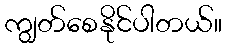
ကျွတ်စေနိုင်ပါတယ်။